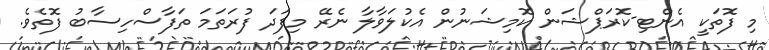
މި ފޮތަކީ އެންޓި-ކޮރަޕްޝަން ކޮމިޝަނުން އެކުލަވާލާ ނެރޭ މިފަދަ ފުރަތަމަ ތަފާސްހިސާބު ފޮތެވެ.